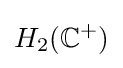
H_{2}(\mathbb {C} ^{+})